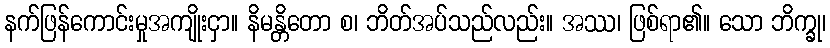
နက်ဖြန်ကောင်းမှုအကျိုးငှာ။ နိမန္တိတော စ၊ ဘိတ်အပ်သည်လည်း။ အဿ၊ ဖြစ်ရာ၏။ သော ဘိက္ခု၊